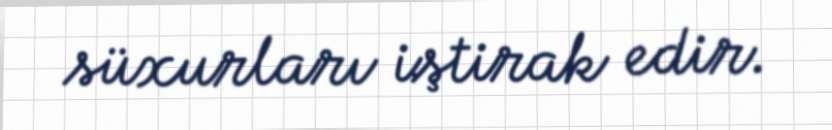
süxurları iştirak edir.